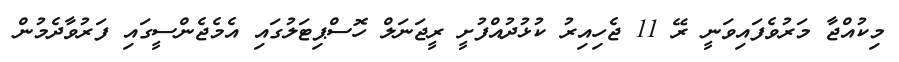
މިކުއްޖާ މަރުވެފައިވަނީ ރޭ 11 ޖެހިއިރު ކުޅުދުއްފުށީ ރީޖަނަލް ހޮސްޕިޓަލުގައި އެމެޖެންސީގައި ފަރުވާދެމުން